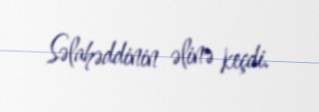
Səlahəddinin əlinə keçdi.